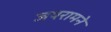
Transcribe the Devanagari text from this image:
जयरामने